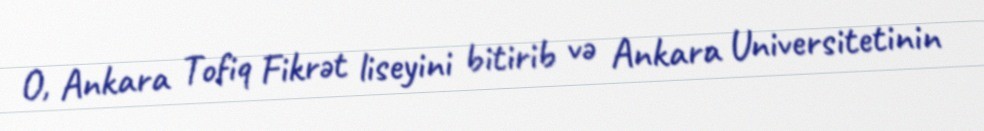
O, Ankara Tofiq Fikrət liseyini bitirib və Ankara Universitetinin